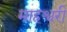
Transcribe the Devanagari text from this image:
माहश्वरी